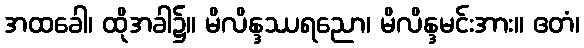
အထခေါ၊ ထိုအခါ၌။ မိလိန္ဒဿရညော၊ မိလိန္ဒမင်းအား။ ဧတံ၊